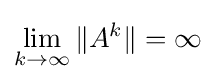
\lim _{k\to \infty }\|A^{k}\|=\infty